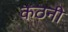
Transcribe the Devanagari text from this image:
कठनी